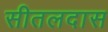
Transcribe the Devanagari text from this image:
सीतलदास